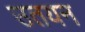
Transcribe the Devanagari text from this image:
उतयन